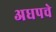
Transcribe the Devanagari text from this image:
अधपचे